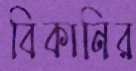
বিকানির